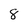
Character: 8